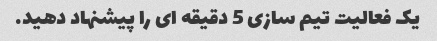
یک فعالیت تیم سازی 5 دقیقه ای را پیشنهاد دهید.